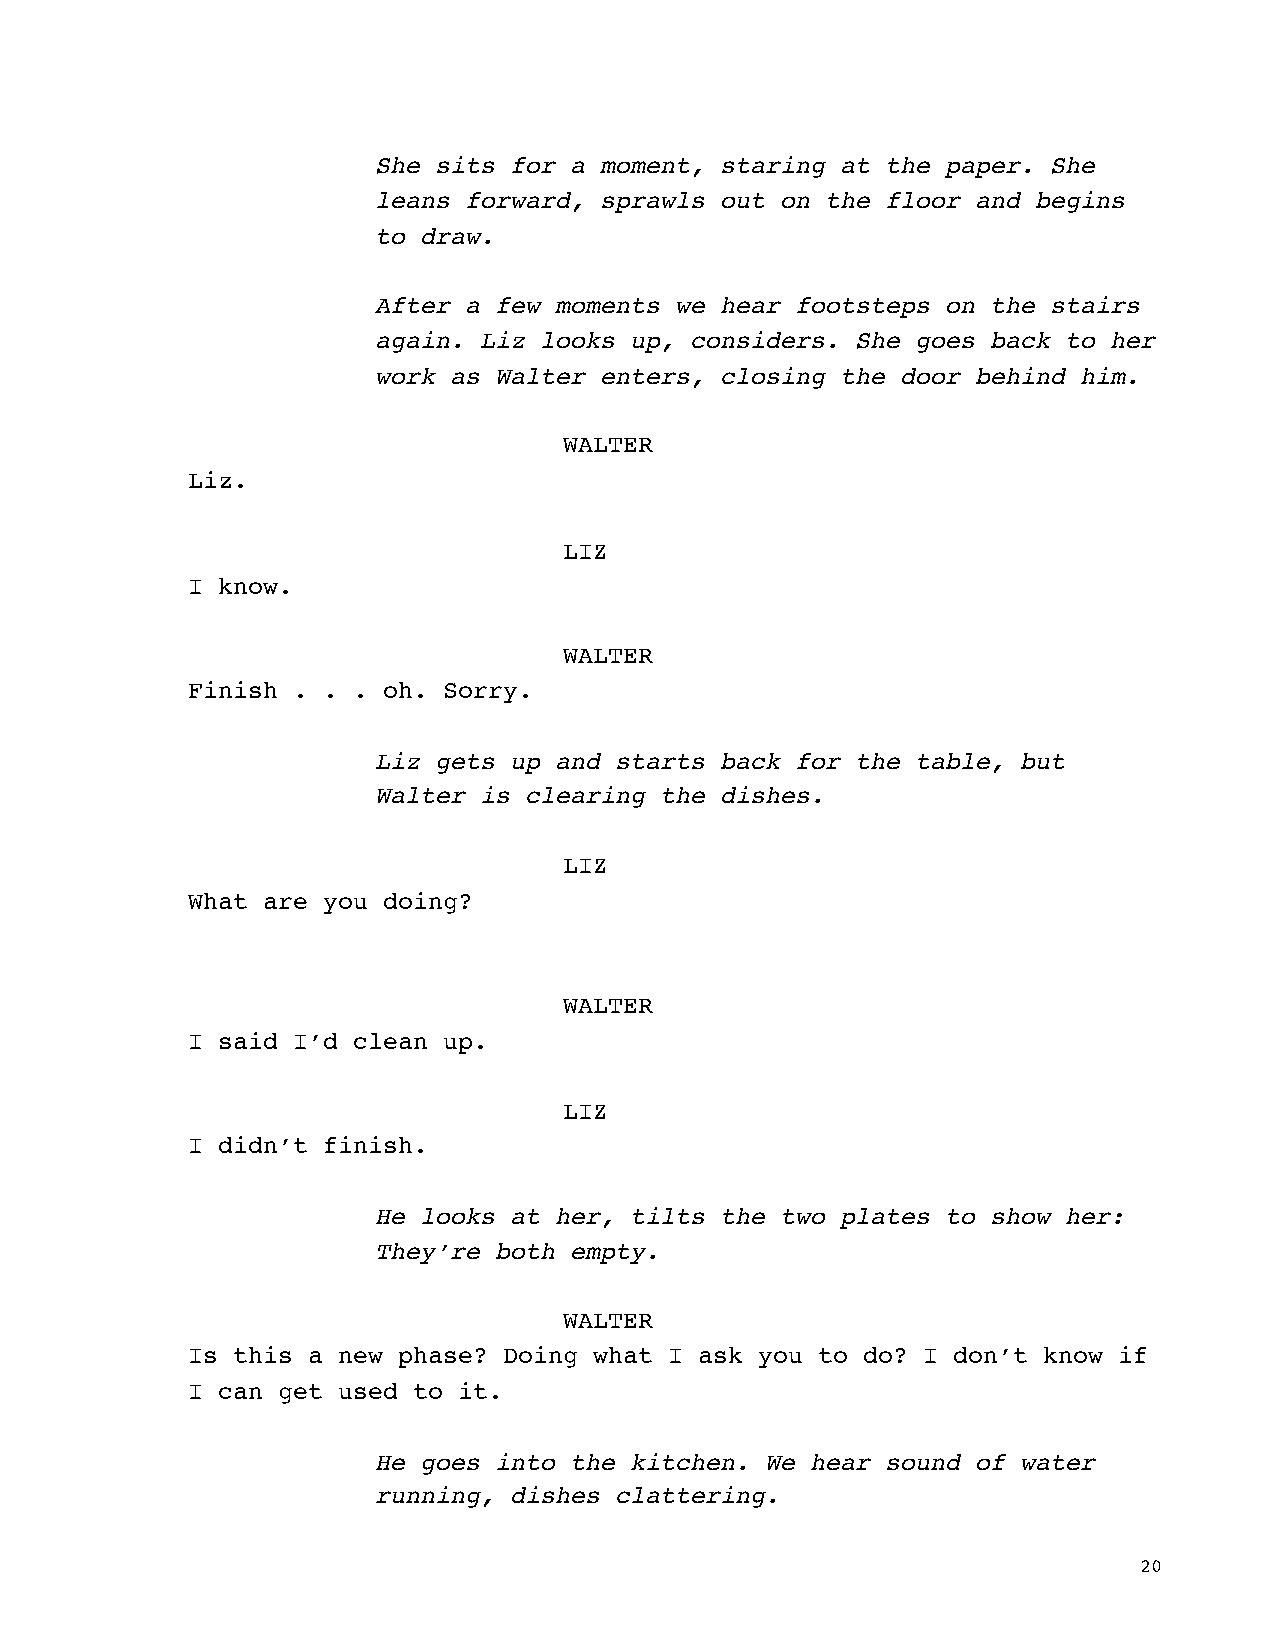
She sits for a moment, staring at the paper. She
 leans forward, sprawls out on the floor and begins
 to draw.
 After a few moments we hear footsteps on the stairs
 again. Liz looks up, considers. She goes back to her
 work as Walter enters, closing the door behind him.
 WALTER
 Liz.
 LIZ
 I know.
 WALTER
 Finish . . . oh. Sorry.
 Liz gets up and starts back for the table, but
 Walter is clearing the dishes.
 LIZ
 What are you doing?
 WALTER
 I said I’d clean up.
 LIZ
 I didn’t finish.
 He looks at her, tilts the two plates to show her:
 They’re both empty.
 WALTER
 Is this a new phase? Doing what I ask you to do? I don’t know if
 I can get used to it.
 He goes into the kitchen. We hear sound of water
 running, dishes clattering.
 20